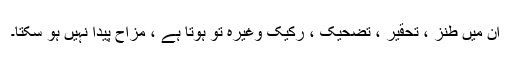
ان میں طنز ، تحقیر ، تضحیک ، رکیک وغیرہ تو ہوتا ہے ، مزاح پیدا نہیں ہو سکتا۔